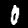
Label: 0